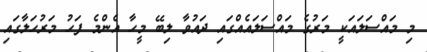
މި މައްސަލައަކީ މަރުގެ މައްސަލައެއްގައި ދައުވާ ލިބޭ މީހާ އެންމެ ފަހު މަރުހަލާގައި